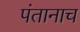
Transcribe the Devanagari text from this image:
पंतानाच